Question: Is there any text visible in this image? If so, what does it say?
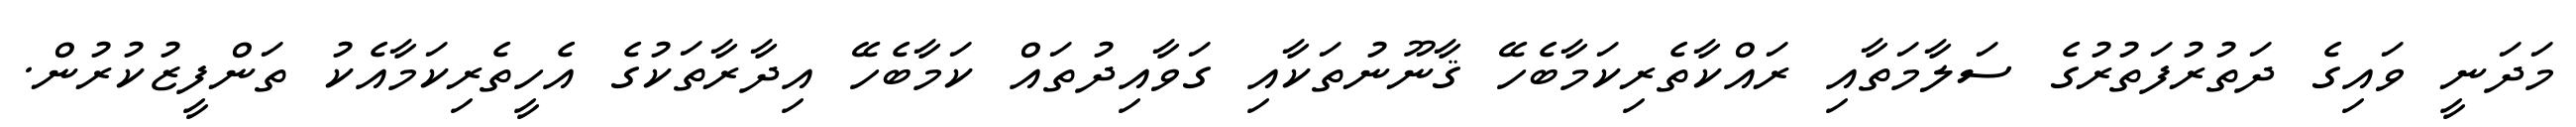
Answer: މަދަނީ ވައިގެ ދަތުރުފަތުރުގެ ސަލާމަތާއި ރައްކާތެރިކަމާބެހޭ ޤާނޫނުތަކާއި ގަވާއިދުތައް ކަމާބެހޭ އިދާރާތަކުގެ އެހީތެރިކަމާއެކު ތަންފީޒުކުރުން.